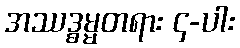
အဿဒ္ဓမ္မတရား ၄-ပါး